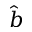
\hat { b }